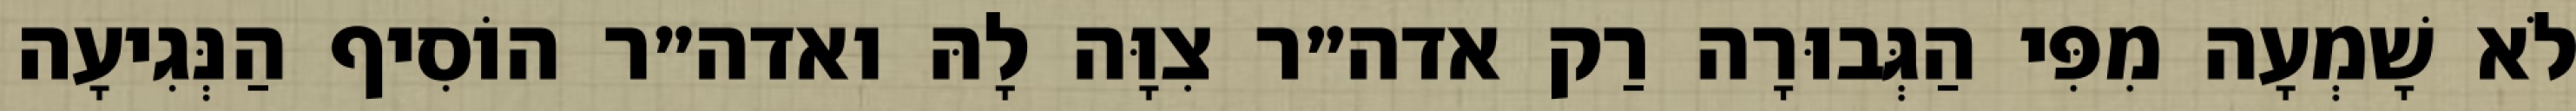
לֹא שָׁמְעָה מִפִּי הַגְּבוּרָה רַק אדה״ר צִוָּה לָהּ ואדה״ר הוֹסִיף הַנְּגִיעָה